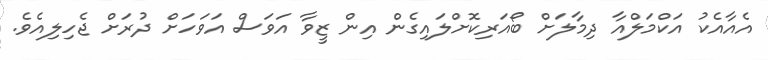
އެއާއެކު އަކްމަލްއާ ދިމާލަށް ބޯއަރިކޮށްލައިގެން އިން ޒީވާ އަވަސް އަވަހަށް ދުރަށް ޖެހިލިއެވެ.